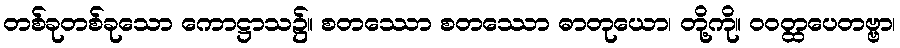
တစ်ခုတစ်ခုသော ကောဋ္ဌာသ၌။ စတဿော စတဿော ဓာတုယော၊ တို့ကို။ ဝဝတ္ထပေတဗ္ဗာ၊